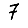
Digit: 7